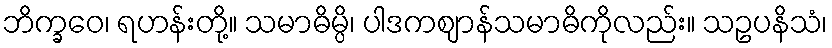
ဘိက္ခဝေ၊ ရဟန်းတို့။ သမာဓိမ္ပိ၊ ပါဒကဈာန်သမာဓိကိုလည်း။ သဥပနိသံ၊